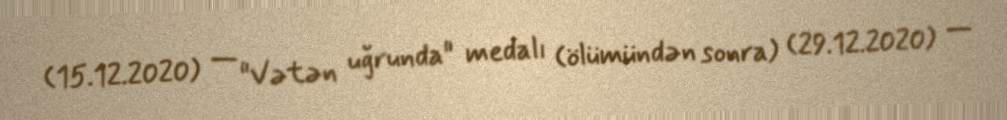
(15.12.2020) — "Vətən uğrunda" medalı (ölümündən sonra) (29.12.2020) —